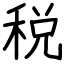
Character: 税